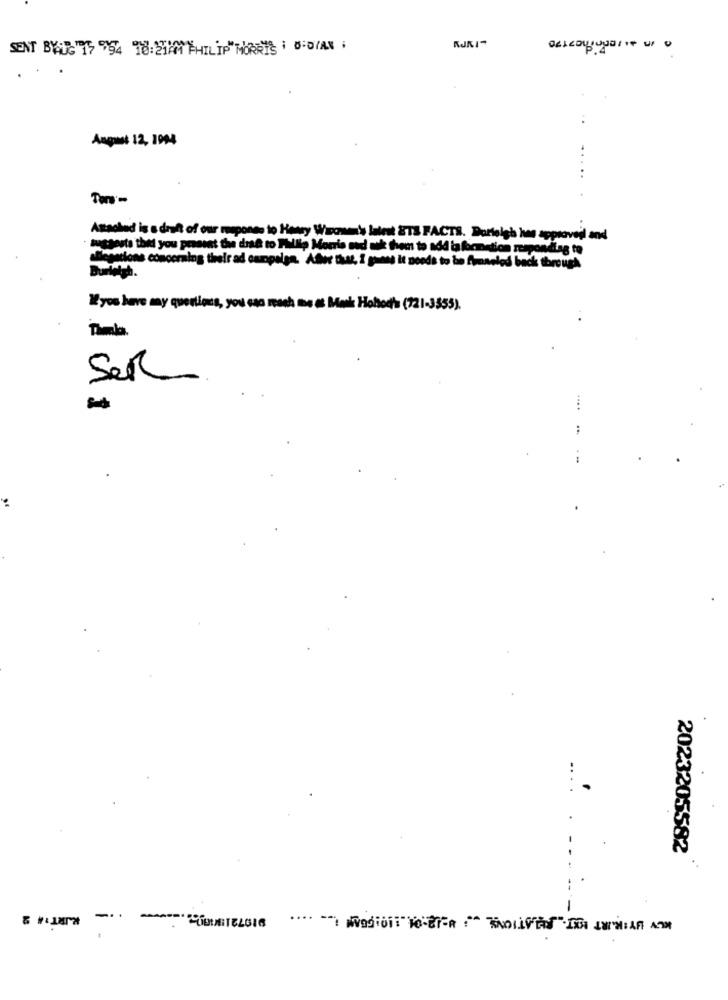
RJKI-
SENT BYRG 15 954 18:2101 PHILIP MORRIS : 0:0/AV .
August 12, 1994
Attached is a draft of our mepones to Howry Wece's latest 8TS FACTS. Darleigh hes approveil and
suggests that you proust the dra to Phillip Morris sud nik them to add la formation respondlag to
allegations concerning tiroir ad campaign. Adler that, i guess it needs to be Amaeled back through
Buriwish.
I yos have my questions, you can noch me a Monk Hobodha (721-3555).
Timia.
Ser
2023205582
KIRT :# 2
1
KLY UYIR.IRT EXT. RELATIONS : - 18:01 :10:55AM i .. ....
-.
*** COURTELGIE